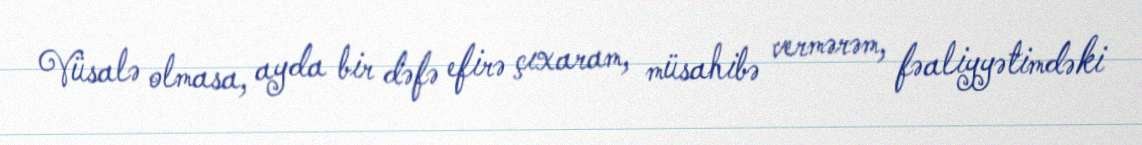
Vüsalə olmasa, ayda bir dəfə efirə çıxaram, müsahibə vermərəm, fəaliyyətimdəki